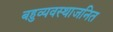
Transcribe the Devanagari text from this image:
बहुव्यवस्थाजनित